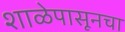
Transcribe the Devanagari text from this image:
शाळेपासूनचा